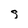
Character: g